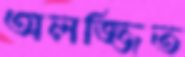
অলজ্জিত